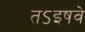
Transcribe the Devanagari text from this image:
तऽइषवे